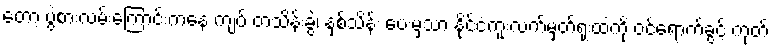
တော့ ပွဲစားလမ်းကြောင်းကနေ ကျပ် တသိန်းခွဲ၊ နှစ်သိန်း ပေးမှသာ နိုင်ငံကူးလက်မှတ်ရုံးထဲကို ဝင်ရောက်ခွင့် ကုတ်